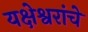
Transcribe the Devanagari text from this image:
यक्षेश्वरांचे